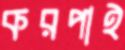
করপাই